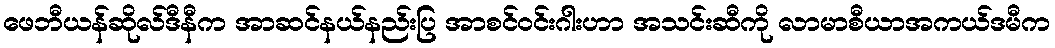
ဖေဘီယန်ဆိုလ်ဒီနီက အာဆင်နယ်နည်းပြ အာစင်ဝင်းဂါးဟာ အသင်းဆီကို လာမာစီယာအကယ်ဒမီက